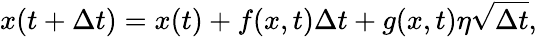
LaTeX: x(t+\Delta t)=x(t)+f(x,t)\Delta t+g(x,t)\eta\sqrt{\Delta t},